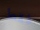
فقط